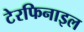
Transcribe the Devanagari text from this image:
टेरफिनाइल